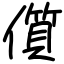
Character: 儨